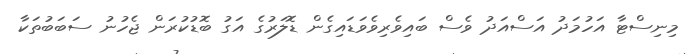
މިނިސްޓާ އަހުމަދު އަސްއަދު ވެސް ބައިވެރިވެވަޑައިގެން ޑޮލަރުގެ އަގު ބޮޑުކުރަން ޖެހުނު ސަބަބުތަކާ